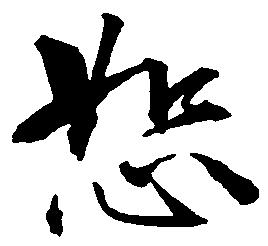
恕